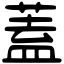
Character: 蓋